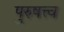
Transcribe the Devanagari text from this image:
पुरुषत्त्व